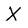
Character: X